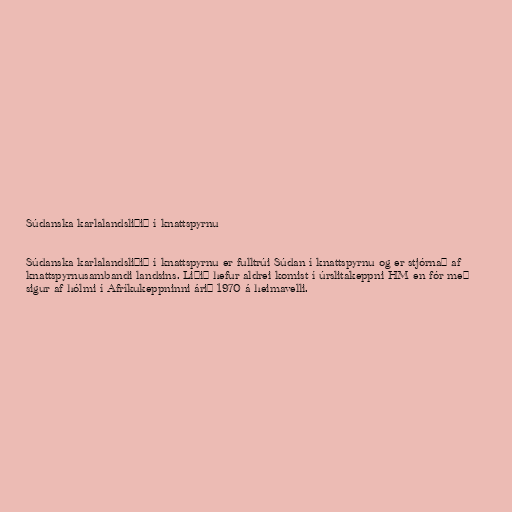
Súdanska karlalandsliðið í knattspyrnu

Súdanska karlalandsliðið í knattspyrnu er fulltrúi Súdan í knattspyrnu og er stjórnað af
knattspyrnusambandi landsins. Liðið hefur aldrei komist í úrslitakeppni HM en fór með
sigur af hólmi í Afríkukeppninni árið 1970 á heimavelli.